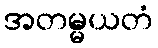
အတမ္မယတံ